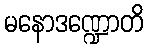
မနောဒဏ္ဍောတိ